Lunatic asylums Central Provinces reports 1895-1909 - 1895-1909
Year: 1895
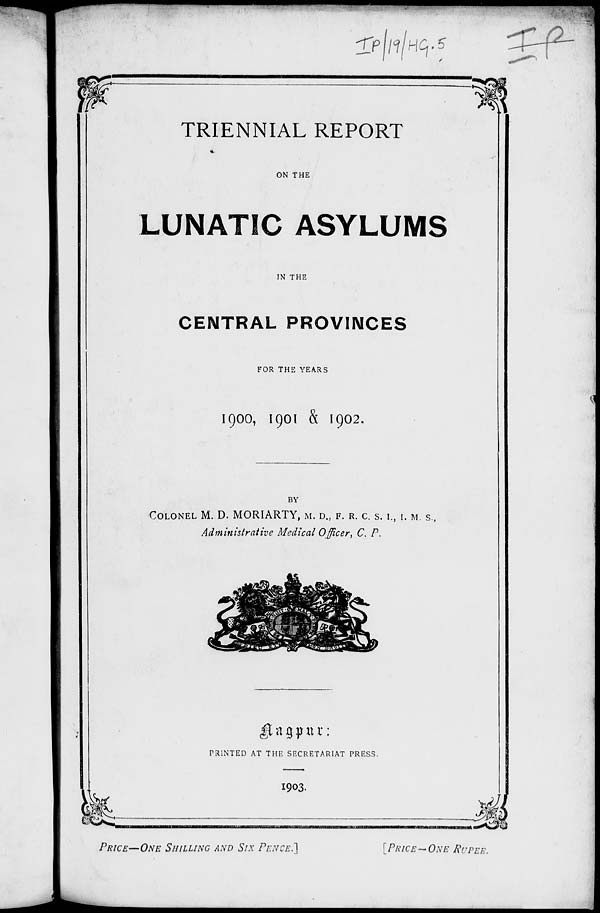
TRIENNIAL REPORT
ON THE
LUNATIC ASYLUMS
IN THE
CENTRAL PROVINCES
FOR THE YEARS
1900,
1901 & 1902.
BY
COLONER M. D. MORIARTY, M. D., F. R. C. S. I., I. M. S.,
Administrative Medical Officer, C. P.
Nagpur:
PRINTED AT THE SECRETARIAT PRESS.
1903.
PRICE—ONE SHILLING AND SIX PENCE.] [PRICE—ONE RUPEE.